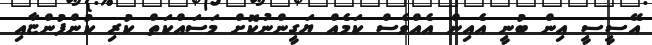
އޭސީސީ އިން ބުނީ އެއިން އެއްވެސް ކަމެއް ޔަގީންނުކޮށް މަސައްކަތް ކުރި ކުންފުންޏާއި